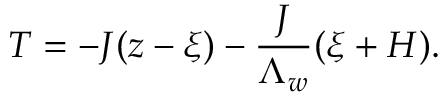
T = - J ( z - \xi ) - \frac { J } { \Lambda _ { w } } ( \xi + H ) .